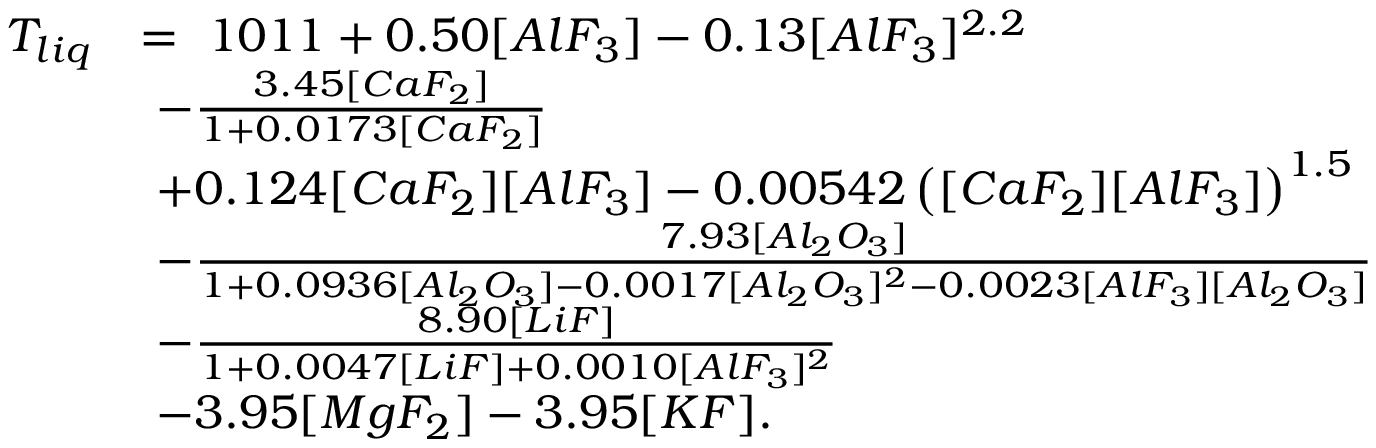
\begin{array} { r l } { T _ { l i q } } & { = \ 1 0 1 1 + 0 . 5 0 [ A l F _ { 3 } ] - 0 . 1 3 [ A l F _ { 3 } ] ^ { 2 . 2 } } \\ & { \ - \frac { 3 . 4 5 [ C a F _ { 2 } ] } { 1 + 0 . 0 1 7 3 [ C a F _ { 2 } ] } } \\ & { \ + 0 . 1 2 4 [ C a F _ { 2 } ] [ A l F _ { 3 } ] - 0 . 0 0 5 4 2 \left( [ C a F _ { 2 } ] [ A l F _ { 3 } ] \right) ^ { 1 . 5 } } \\ & { \ - \frac { 7 . 9 3 [ A l _ { 2 } O _ { 3 } ] } { 1 + 0 . 0 9 3 6 [ A l _ { 2 } O _ { 3 } ] - 0 . 0 0 1 7 [ A l _ { 2 } O _ { 3 } ] ^ { 2 } - 0 . 0 0 2 3 [ A l F _ { 3 } ] [ A l _ { 2 } O _ { 3 } ] } } \\ & { \ - \frac { 8 . 9 0 [ L i F ] } { 1 + 0 . 0 0 4 7 [ L i F ] + 0 . 0 0 1 0 [ A l F _ { 3 } ] ^ { 2 } } } \\ & { \ - 3 . 9 5 [ M g F _ { 2 } ] - 3 . 9 5 [ K F ] . } \end{array}